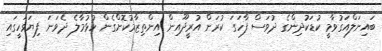
ބައިނަލްއަގުވާމީ ކުޑަކުދިންގެ ދުވަސް ފާހަގަ ކުރަން އުރީދޫއިން އިންތިޒާމުކޮށްގެން ހުޅުމާލެ ދެވަނަ ފިޔަވަހީގައި